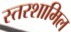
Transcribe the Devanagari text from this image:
स्तरशामिल